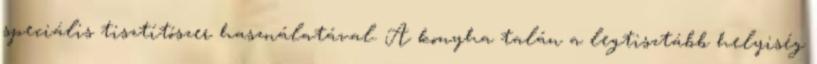
speciális tisztítószer használatával. A konyha talán a legtisztább helyiség